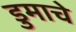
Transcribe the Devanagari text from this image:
डुमाचे